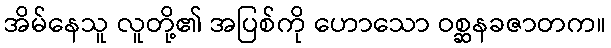
အိမ်နေသူ လူတို့၏ အပြစ်ကို ဟောသော ဝစ္ဆနခဇာတက။